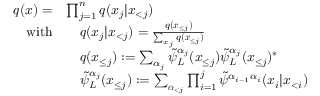
\begin{array} { r l } { q ( \boldsymbol { x } ) = } & { \prod _ { j = 1 } ^ { n } q ( x _ { j } | \boldsymbol { x } _ { < j } ) } \\ { \mathrm { w i t h } } & { \ \ \ q ( x _ { j } | \boldsymbol { x } _ { < j } ) = \frac { q ( \boldsymbol { x } _ { \le j } ) } { \sum _ { x _ { j } } q ( \boldsymbol { x } _ { \le j } ) } } \\ & { \ \ \ q ( \boldsymbol x _ { \le j } ) : = \sum _ { \alpha _ { j } } \tilde { \psi } _ { L } ^ { \alpha _ { j } } ( \boldsymbol x _ { \le j } ) \tilde { \psi } _ { L } ^ { \alpha _ { j } } ( \boldsymbol x _ { \le j } ) ^ { * } } \\ & { \ \ \ \tilde { \psi } _ { L } ^ { \alpha _ { j } } ( \boldsymbol x _ { \le j } ) : = \sum _ { \boldsymbol { \alpha } _ { < j } } \prod _ { i = 1 } ^ { j } \tilde { \psi } ^ { \alpha _ { i - 1 } \alpha _ { i } } ( x _ { i } | \boldsymbol x _ { < i } ) } \end{array}